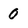
Character: 0